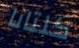
كلتانا